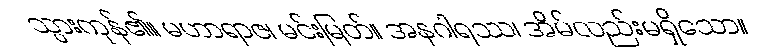
သွားကုန်၏။ မဟာရာဇ၊ မင်းမြတ်။ အနဂါရဿ၊ အိမ်လည်းမရှိသော။